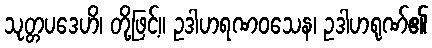
သုတ္တပဒေဟိ၊ တို့ဖြင့်။ ဥဒါဟရဏဝသေန၊ ဥဒါဟရုဏ်၏